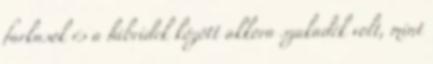
farkasok és a hibridek között akkora szakadék volt, mint